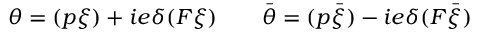
\theta = ( p \xi ) + i e \delta ( F \xi ) \qquad \bar { \theta } = ( p \bar { \xi } ) - i e \delta ( F \bar { \xi } )